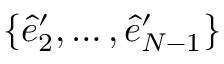
\{ \hat { e } _ { 2 } ^ { \prime } , \dots , \hat { e } _ { N - 1 } ^ { \prime } \}